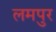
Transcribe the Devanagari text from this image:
लमपुर